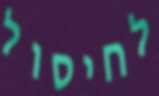
לחיסול